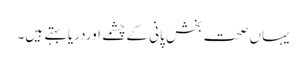
یہاں صحت بخش پانی کے چشمے اوردریابہتے ہیں۔